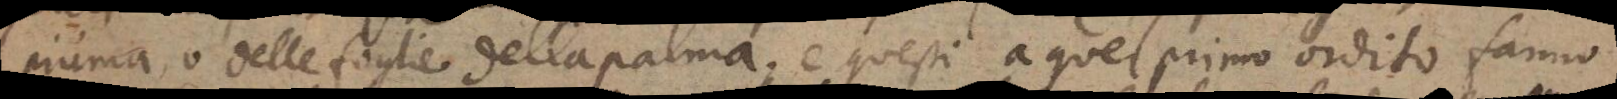
piuma, o delle foglie della palma e questi a quel primo ordito fanno